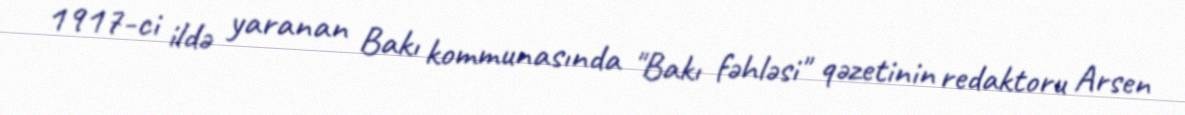
1917-ci ildə yaranan Bakı kommunasında "Bakı fəhləsi" qəzetinin redaktoru Arsen